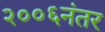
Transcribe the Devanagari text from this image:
२००६नंतर